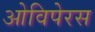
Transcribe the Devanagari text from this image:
ओविपेरस